Triennial report on the lunatic asylums in the province of Eastern Bengal and Assam - 1903-1911
Year: 1903
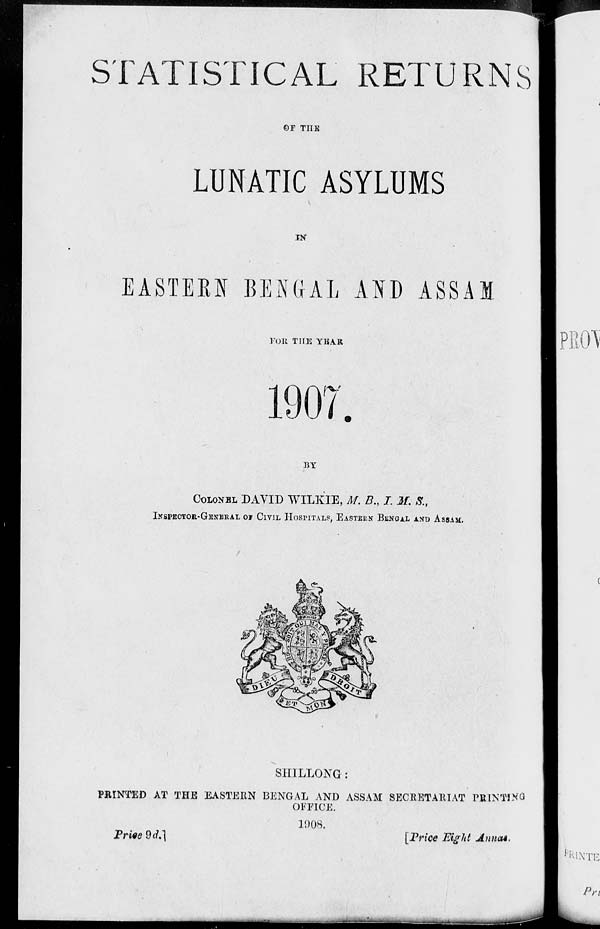
STATISTICAL RETURNS
OF THE
LUNATIC ASYLUMS
IN
EASTERN BENGAL AND ASSAM
FOR THE YEAR
1907.
BY
COLONEL DAVID WILKIE, M. B., I. M. S.,
INSPECTOR-GENERAL OR CIVIL HOSPITALS, EASTERN BENGAL AND ASSAM.
SHILLONG:
PRINTED AT THE EASTERN BENGAL AND ASSAM SECRETARIAT PRINTING
OFFICE.
1908.
Price
9d.]
[Price Eight Annas.